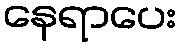
နေရာပေး